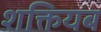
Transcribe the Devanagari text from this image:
शक्तियब